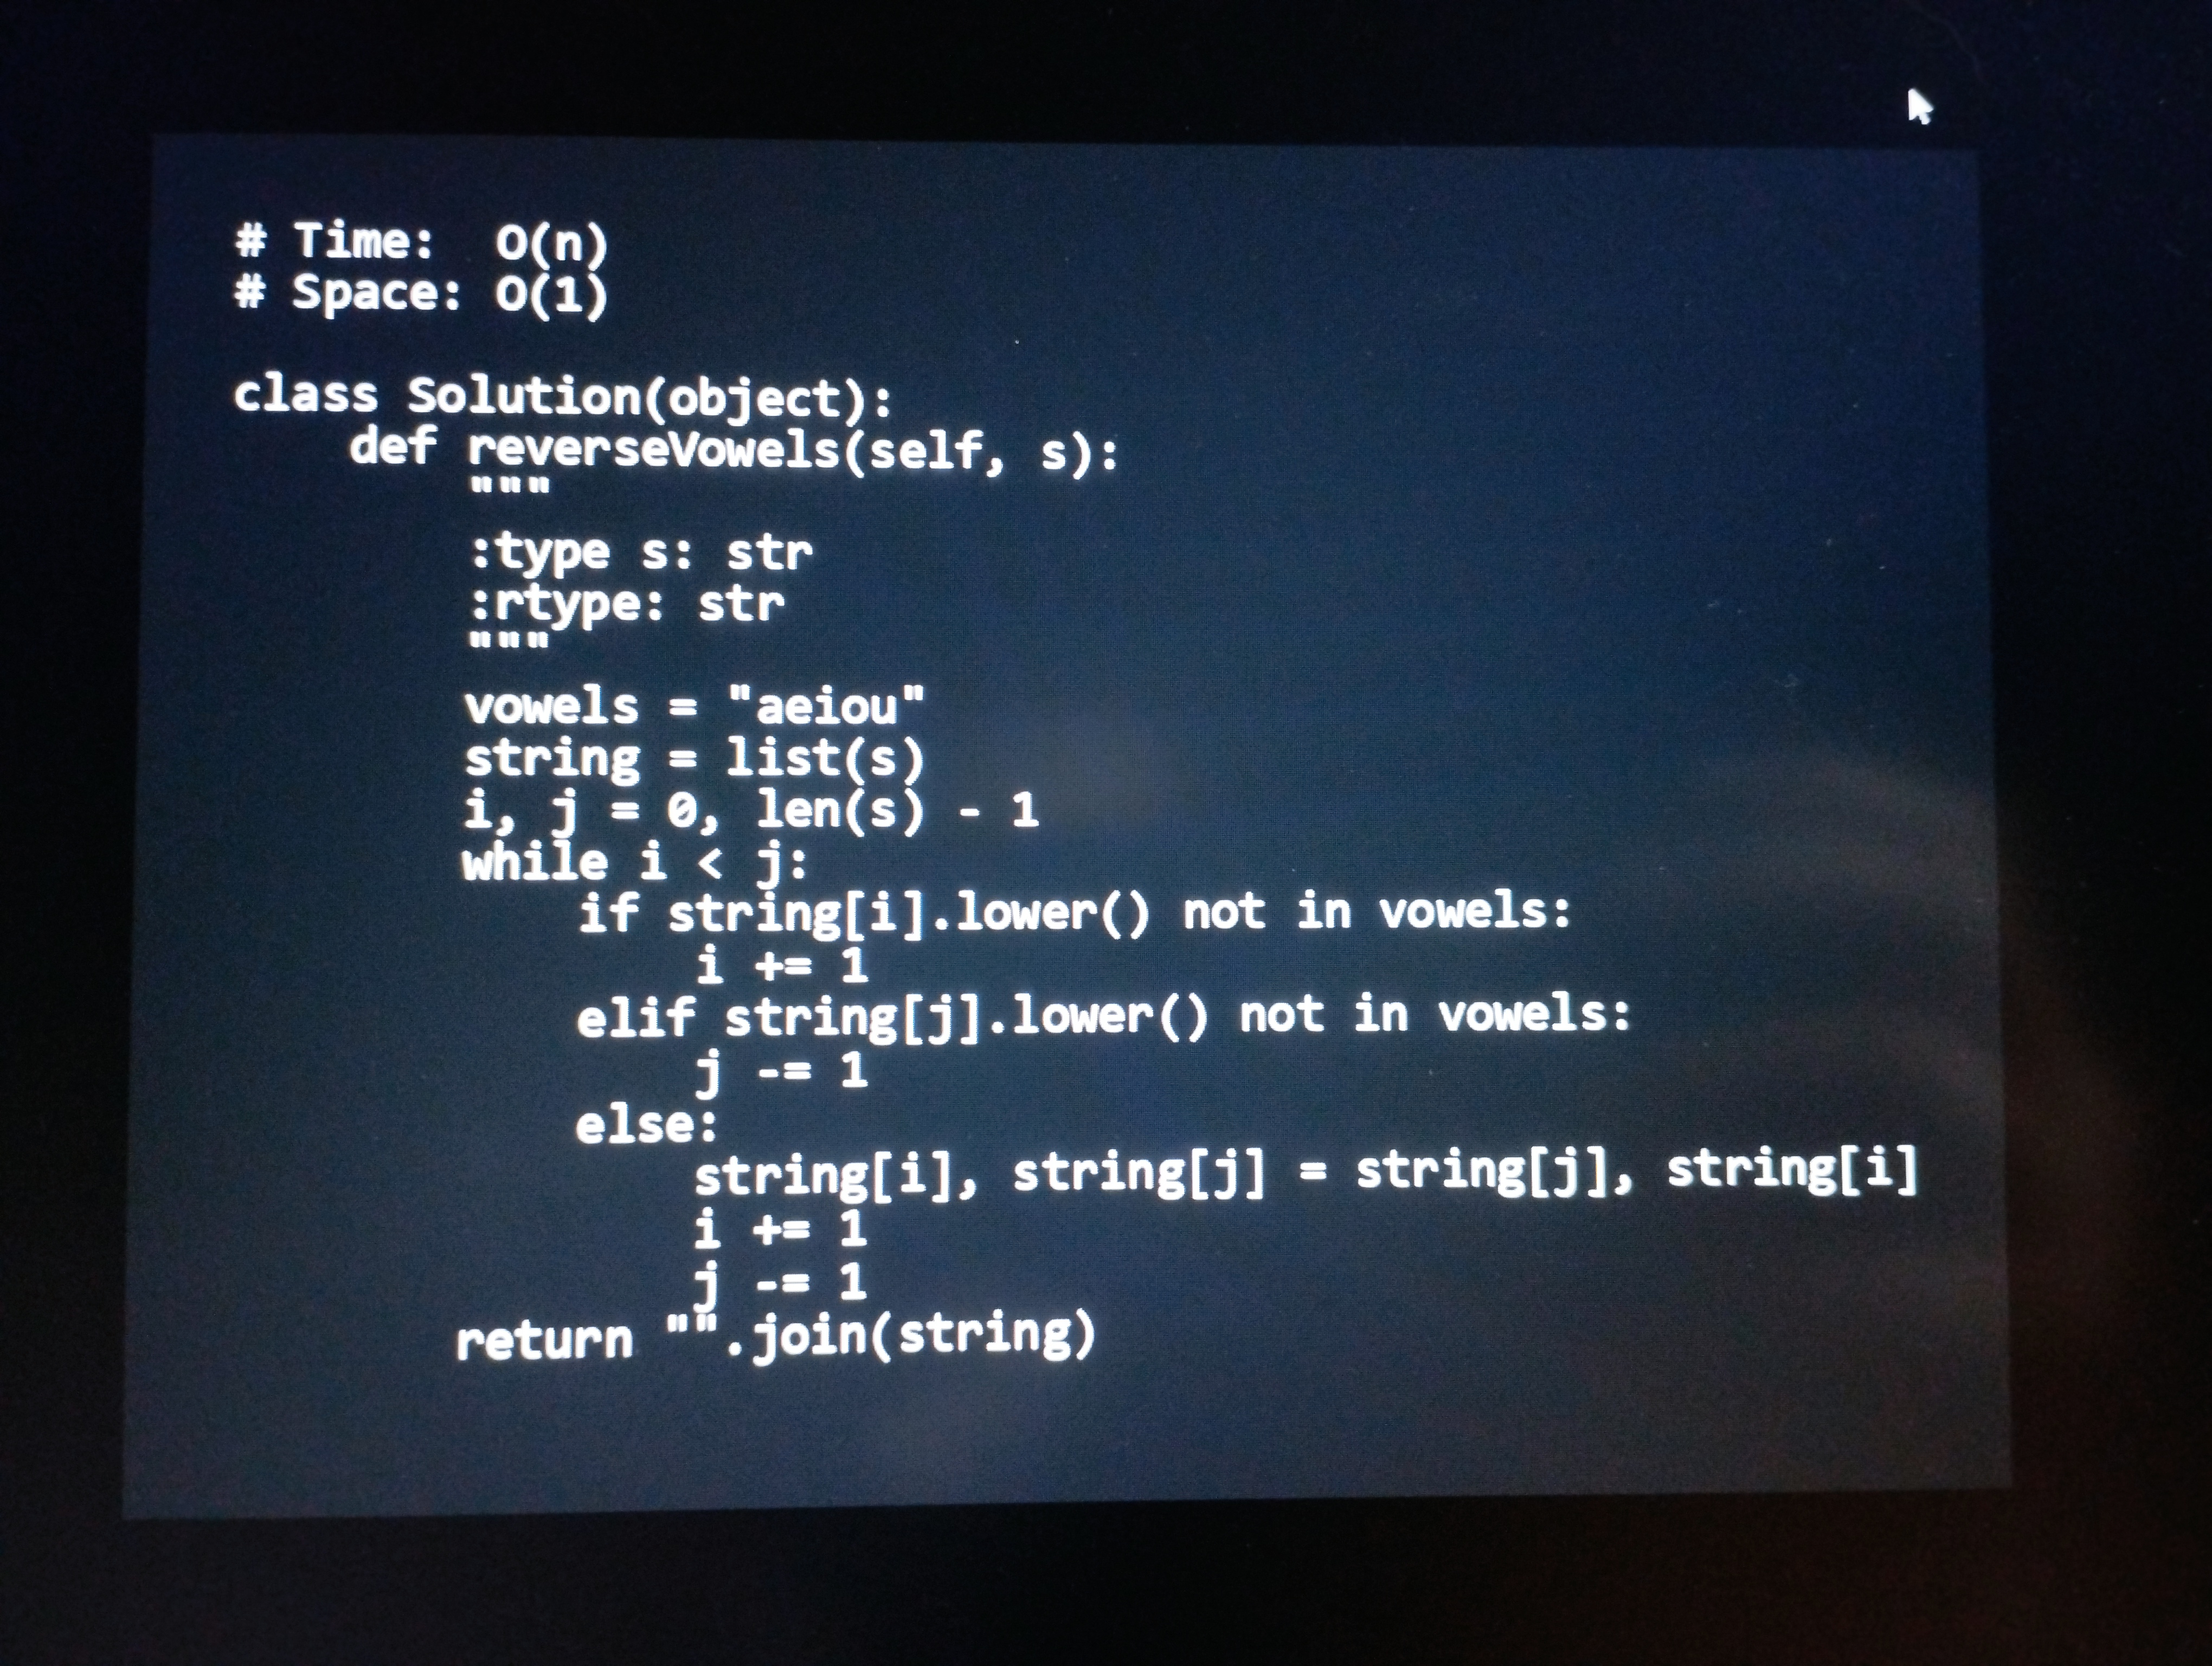
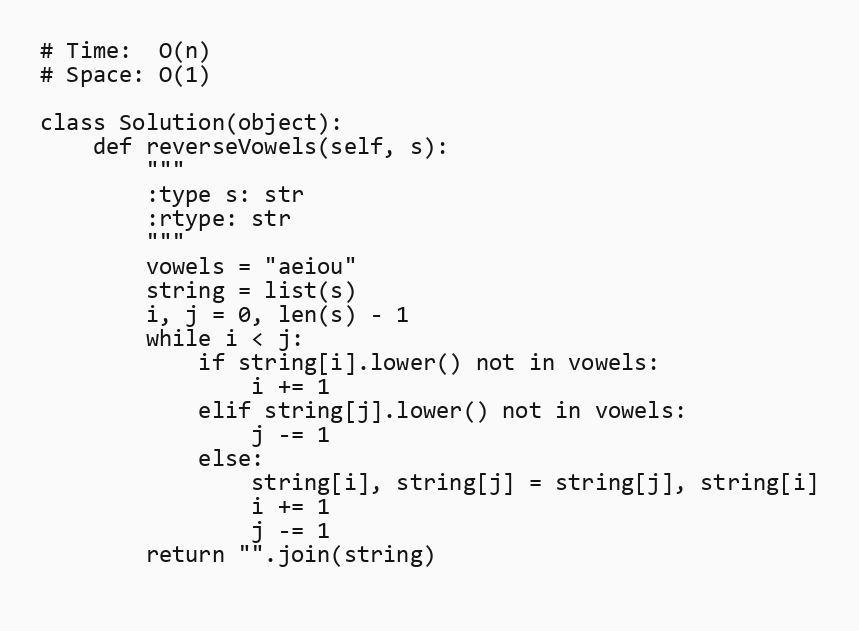
# Time:  O(n)
# Space: O(1)

class Solution(object):
    def reverseVowels(self, s):
        """
        :type s: str
        :rtype: str
        """
        vowels = "aeiou"
        string = list(s)
        i, j = 0, len(s) - 1
        while i < j:
            if string[i].lower() not in vowels:
                i += 1
            elif string[j].lower() not in vowels:
                j -= 1
            else:
                string[i], string[j] = string[j], string[i]
                i += 1
                j -= 1
        return "".join(string)